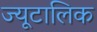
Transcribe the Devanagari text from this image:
ज्यूटालिक